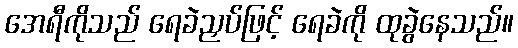
အေရီကိုသည် ရေခဲညှပ်ဖြင့် ရေခဲကို ထုခွဲနေသည်။